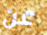
عن